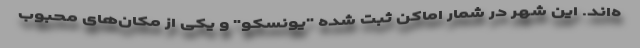
ه‌اند. این شهر در شمار اماکن ثبت شده "یونسکو" و یکی از مکان‌های محبوب